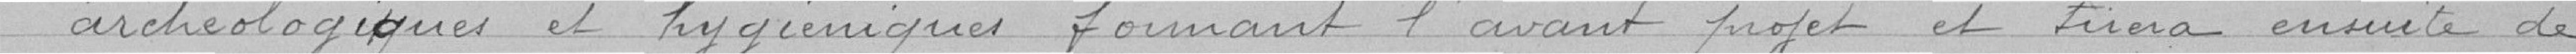
archéologiques et hygiéniques formant l'avant projet et tirera ensuite de